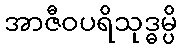
အာဇီဝပရိသုဒ္ဓမ္ပိ